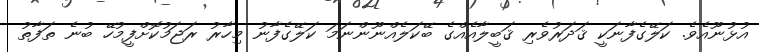
އުޅުނޫއެވެ. ކަލޭގެފާނަކީ ޤަދަރުވެރި ޤަބީލާއެއްގެ ބޭކަލެއްނޫންނަމަ ކަލޭގެފާނު މިހާރު ރަޖަމުކޮށްފީމުހޭ ބުނެ ތަފާތު